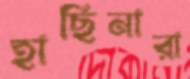
হাছিনারা